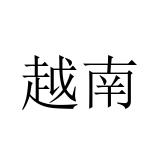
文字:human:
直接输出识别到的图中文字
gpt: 越南